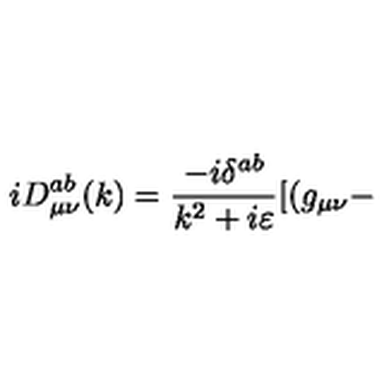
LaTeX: i D _ { \mu \nu } ^ { a b } ( k ) = \frac { - i \delta ^ { a b } } { k ^ { 2 } + i \varepsilon } [ ( g _ { \mu \nu } -